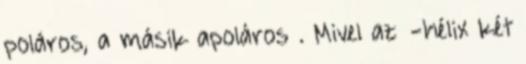
poláros, a másik apoláros . Mivel az α-hélix két